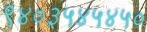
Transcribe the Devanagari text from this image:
९४०३५४५४५०